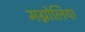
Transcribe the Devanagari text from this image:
मग्नोलिया